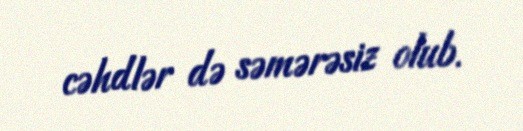
cəhdlər də səmərəsiz olub.